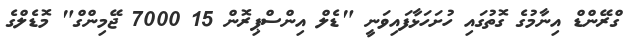
ގްރޭންޑް އިނާމުގެ ގޮތުގައި ހުށަހަޅާފައިވަނީ "ޑެލް އިންސްޕިރޮން 15 7000 ޖޭމިންގް" މޮޑެލްގެ